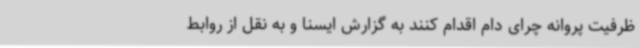
ظرفیت پروانه چرای دام اقدام کنند به گزارش ایسنا و به نقل از روابط